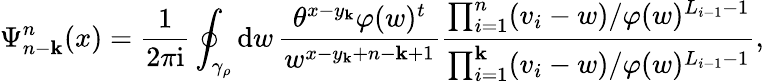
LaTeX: \Psi_{n-\mathbf{k}}^{n}(x)=\frac{{1}}{{2\pi\mathrm{{i}}}}\oint_{\gamma_{\rho}}\mathrm{{d}}w\, \frac{{\theta^{x-y_{\mathbf{k}}}\varphi(w)^{t}}}{{w^{x-y_{\mathbf{k}}+n-\mathbf{k}+1}}}\frac{{\prod_{i=1}^{n}(v_{i}-w)/\varphi(w)^{L_{i-1}-1}}}{{\prod_{i=1}^{\mathbf{k}}(v_{i}-w)/\varphi(w)^{L_{i-1}-1}}},